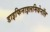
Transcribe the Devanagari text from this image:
डाइफिनाइलमिथेनॉल